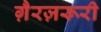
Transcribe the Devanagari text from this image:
ग़ैरज़रूरी